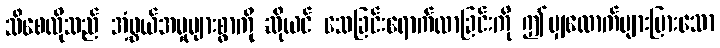
သိစေလိုသည် အံ့ဖွယ်အမှုများစွာကို ဆိုယင် သေခြင်းရောက်လာခြင်းကို ဤမျှလောက်များပြားသော